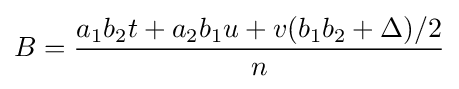
B={\frac {a_{1}b_{2}t+a_{2}b_{1}u+v(b_{1}b_{2}+\Delta )/2}{n}}